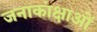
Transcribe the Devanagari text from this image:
जनाकांक्षाओं